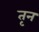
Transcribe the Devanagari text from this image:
तृन